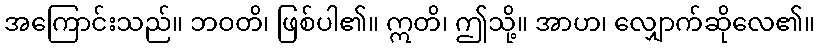
အကြောင်းသည်။ ဘဝတိ၊ ဖြစ်ပါ၏။ ဣတိ၊ ဤသို့။ အာဟ၊ လျှောက်ဆိုလေ၏။